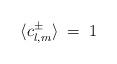
LaTeX: \begin{align*}\langle c^\pm_{l,m} \rangle \;=\; 1\end{align*}